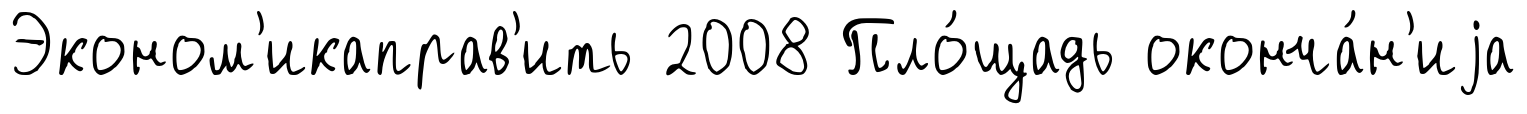
Эконом'икаправ'ить 2008 Пло́щадь оконча́н'иjа